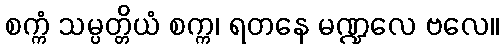
စက္ကံ သမ္ပတ္တိယံ စက္က၊ ရတနေ မဏ္ဍလေ ဗလေ။